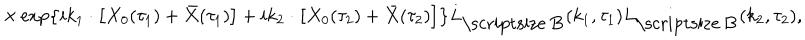
LaTeX: \times \exp \left\{ i { k _ { 1 } } \cdot \left[ { X _ { 0 } } ( { \tau _ { 1 } } ) + \bar { X } ( { \tau _ { 1 } } ) \right] + i { k _ { 2 } } \cdot \left[ { X _ { 0 } } ( { \tau _ { 2 } } ) + \bar { X } ( { \tau _ { 2 } } ) \right] \right\} { L _ { \mathrm { \scriptsize ~ B } } } ( { k _ { 1 } } , { \tau _ { 1 } } ) { L _ { \mathrm { \scriptsize ~ B } } } ( { k _ { 2 } } , { \tau _ { 2 } } ) ,